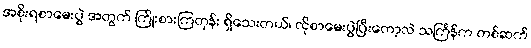
အစိုးရစာမေးပွဲ အတွက် ကြိုးစားကြတုန်း ရှိသေးတယ်၊ ထိုစာမေးပွဲပြီးတော့လဲ သင်္ကြန်က တစ်ဆက်